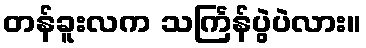
တန်ခူးလက သင်္ကြန်ပွဲပဲလား။